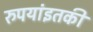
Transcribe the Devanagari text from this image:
रुपयांइतकी